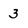
Character: 3